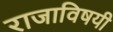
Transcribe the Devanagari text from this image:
राजाविषयी